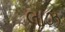
લાઝ